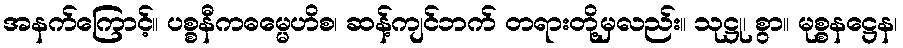
အနက်ကြောင့်။ ပစ္စနီကဓမ္မေဟိစ၊ ဆန့်ကျင်ဘက် တရားတို့မှလည်း။ သုဋ္ဌု၊ စွာ။ မုစ္စနဋ္ဌေန၊